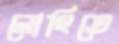
লোহিতে